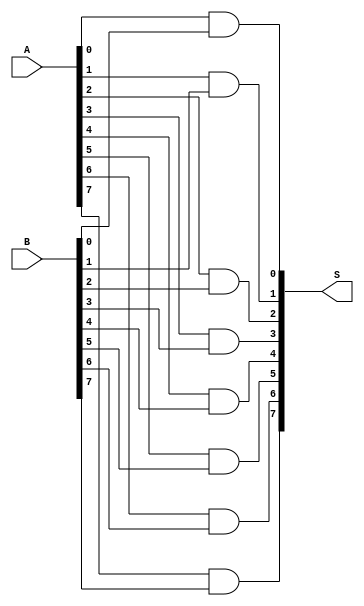
module and8(input [7:0]A, input	[7:0]B, output	[7:0]S);
	and(S[0], A[0], B[0]);
	and(S[1], A[1], B[1]);
	and(S[2], A[2], B[2]);
	and(S[3], A[3], B[3]);
	and(S[4], A[4], B[4]);
	and(S[5], A[5], B[5]);
	and(S[6], A[6], B[6]);
	and(S[7], A[7], B[7]);
endmodule